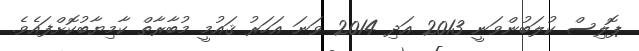
ޕޮލިސް ކުލަބުންވަނީ 2013 އަދި 2014 ވަނަ އަހަރު ޤައުމީ މުބާރާތް ކާމިޔާބުކޮށްފައެވެ.